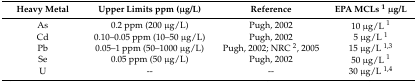
<table><thead><tr><td><b>Heavy Metal</b></td><td><b>Upper Limits ppm (μg/L)</b></td><td><b>Reference</b></td><td><b>EPA MCLs <sup>1</sup> μg/L</b></td></tr></thead><tbody><tr><td>As</td><td>0.2 ppm (200 μg/L)</td><td>Pugh, 2002</td><td>10 μg/L <sup>1</sup></td></tr><tr><td>Cd</td><td>0.10–0.05 ppm (10–50 μg/L)</td><td>Pugh, 2002</td><td>5 μg/L <sup>1</sup></td></tr><tr><td>Pb</td><td>0.05–1 ppm (50–1000 μg/L)</td><td>Pugh, 2002; NRC <sup>2</sup>, 2005</td><td>15 μg/L <sup>1,3</sup></td></tr><tr><td>Se</td><td>0.05 ppm (50 μg/L)</td><td>Pugh, 2002</td><td>50 μg/L <sup>1</sup></td></tr><tr><td>U</td><td>--</td><td>--</td><td>30 μg/L <sup>1,4</sup></td></tr></tbody></table>